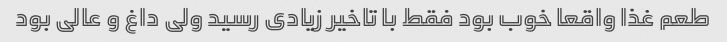
طعم غذا واقعا خوب بود فقط با تاخیر زیادی رسید ولی داغ و عالی بود